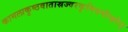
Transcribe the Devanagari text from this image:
कामलाकुष्ठवातास्रज्वरकृमिवमीन्हरेत्